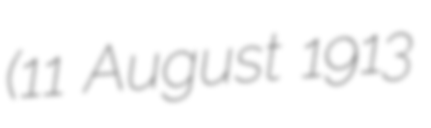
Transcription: (11 August 1913